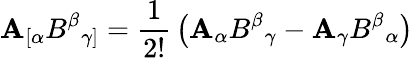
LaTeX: \mathbf{A}_{[\alpha}B^{\beta}{}_{\gamma]}={\frac{{1}}{{2!}}}\left(\mathbf{A}_{\alpha}B^{\beta}{}_{\gamma}-\mathbf{A}_{\gamma}B^{\beta}{}_{\alpha}\right)